Scottish Certificate of Education, 1962
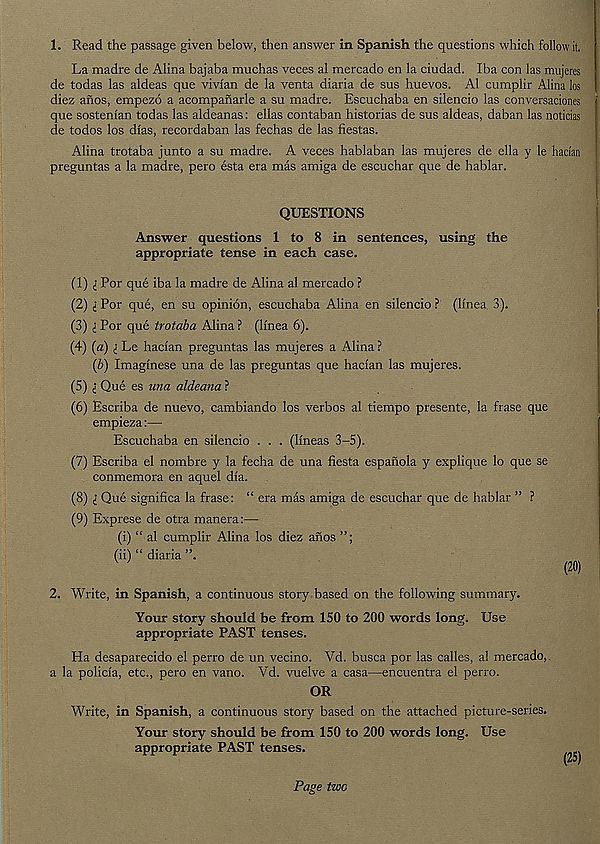
1. Read the passage given below, then answer in Spanish the questions which follow it,
La madre de Alina bajaba muchas veces al mercado en la ciudad. Iba con las mujeres
de todas las aldeas que vivxan de la venta diaria de sus huevos. Al cumplir Alina los
diez anos, empezo a acompanarle a su madre. Escuchaba en silencio las conversaciones
que sosteman todas las aldeanas: ellas contaban historias de sus aldeas, daban las noticias
de todos los dias, recordaban las fechas de las fiestas.
Alina trotaba junto a su madre. A veces hablaban las mujeres de ella y le hadan
preguntas a la madre, pero esta era mas amiga de escuchar que de hablar.
QUESTIONS
Answer questions 1 to 8 in sentences, using the
appropriate tense in each case.
(1) ^ For que iba la madre de Alina al mercado ?
(2) i For que, en su opinion, escuchaba Alina en silencio ? (Imea 3).
(3) l For que trotaba Alina ? (linea 6).
(4) (a) i Le hadan preguntas las mujeres a Alina ?
(b) Imaginese una de las preguntas que hadan las mujeres.
(5) i Que es u?ia aldeana ?
(6) Escriba de nuevo, cambiando los verbos al tiempo presente, la frase que
empieza:—
Escuchaba en silencio . . . (Imeas 3-5).
(7) Escriba el nombre y la fecha de una fiesta espanola y explique lo que se
conmemora en aquel dfa.
(8) i Que significa la frase: “ era mas amiga de escuchar que de hablar ” ?
(9) Exprese de otra manera:—
(i) “ al cumplir Alina los diez anos
(ii) “ diaria
(20)
2. Write, in Spanish, a continuous story based on the following summary.
Your story should be from 150 to 200 words long. Use
appropriate PAST tenses.
Ha desaparecido el perro de un vecino. Vd. busca por las calles, al mercado,
a la policfa, etc., pero en vano. Yd. vuelve a casa—encuentra el perro.
OR
Write, in Spanish, a continuous story based on the attached picture-series.
Your story should be from 150 to 200 words long. Use
appropriate PAST tenses.
Page two